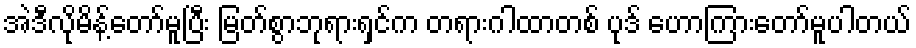
အဲဒီလိုမိန့်တော်မူပြီး မြတ်စွာဘုရားရှင်က တရားဂါထာတစ် ပုဒ် ဟောကြားတော်မူပါတယ်